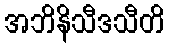
အဘိနိသီဒသီတိ